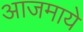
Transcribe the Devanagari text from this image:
आजमाये